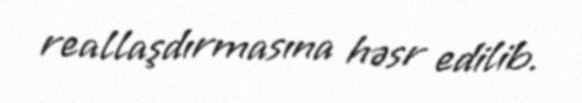
reallaşdırmasına həsr edilib.